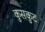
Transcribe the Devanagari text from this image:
कुसकुट